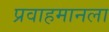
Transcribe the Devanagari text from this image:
प्रवाहमानला